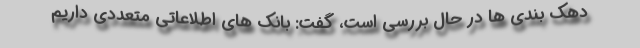
دهک بندی ها در حال بررسی است، گفت: بانک های اطلاعاتی متعددی داریم